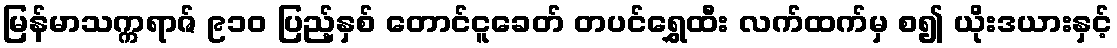
မြန်မာသက္ကရာဇ် ၉၁၀ ပြည့်နှစ် တောင်ငူခေတ် တပင်ရွှေထီး လက်ထက်မှ စ၍ ယိုးဒယားနှင့်